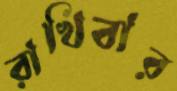
রাখিবার